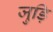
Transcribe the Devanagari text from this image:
जुड़ि